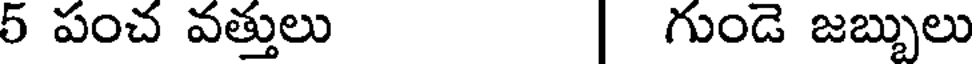
5 పంచ వత్తులు | గుండె జబ్బులు